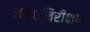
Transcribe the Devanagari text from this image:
अन्तःनिरीक्षण